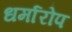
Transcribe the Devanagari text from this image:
धर्मारोप